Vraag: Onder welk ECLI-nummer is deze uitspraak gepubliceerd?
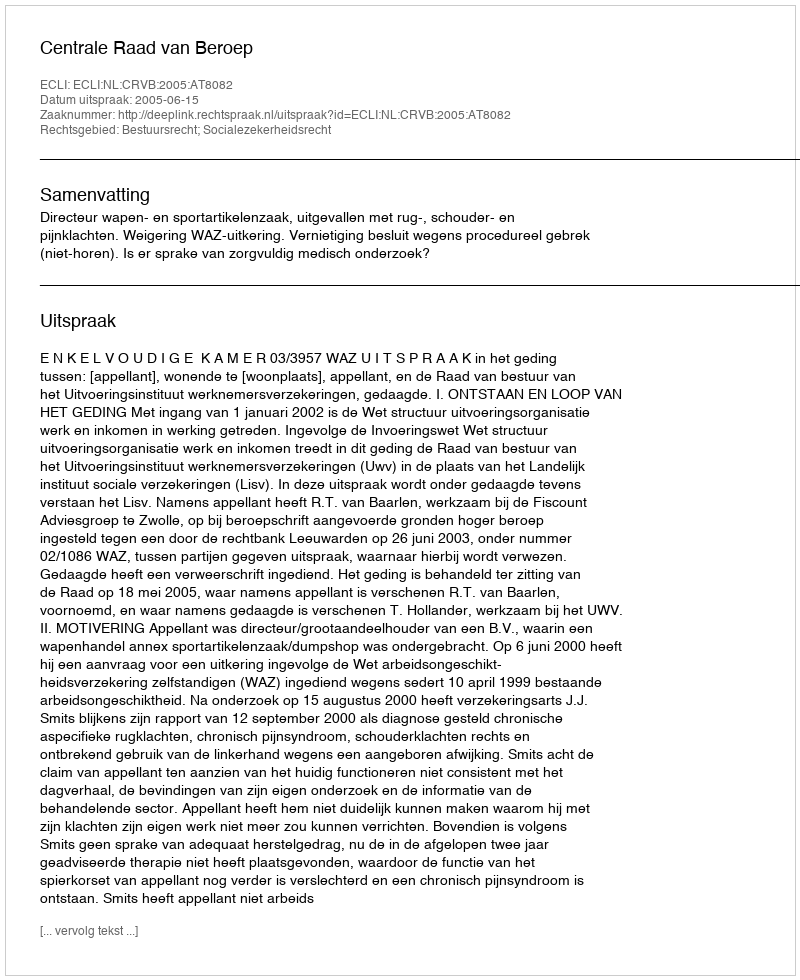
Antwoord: ECLI:NL:CRVB:2005:AT8082